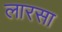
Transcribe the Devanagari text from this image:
लारसा